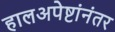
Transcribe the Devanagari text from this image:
हालअपेष्टांनंतर